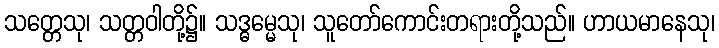
သတ္တေသု၊ သတ္တဝါတို့၌။ သဒ္ဓမ္မေသု၊ သူတော်ကောင်းတရားတို့သည်။ ဟာယမာနေသု၊